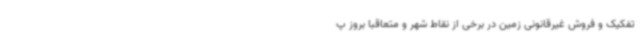
تفکیک و فروش غیرقانونی زمین در برخی از نقاط شهر و متعاقباً بروز پ